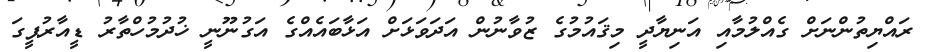
ރައްޔިތުންނަށް ގެއްލުމާއި އަނިޔާދީ މިޤައުމުގެ ޒުވާނުން އަދަވަޅަށް އަޅާބައެއްގެ އަގުނޫނީ ޚުދުމުހްތާރު ޑީއާރުޕީގަ